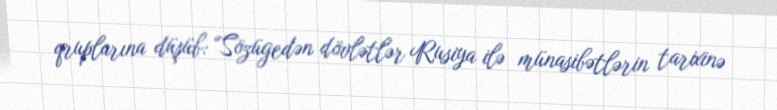
qruplarına düşüb: “Sözügedən dövlətlər Rusiya ilə münasibətlərin tarixinə